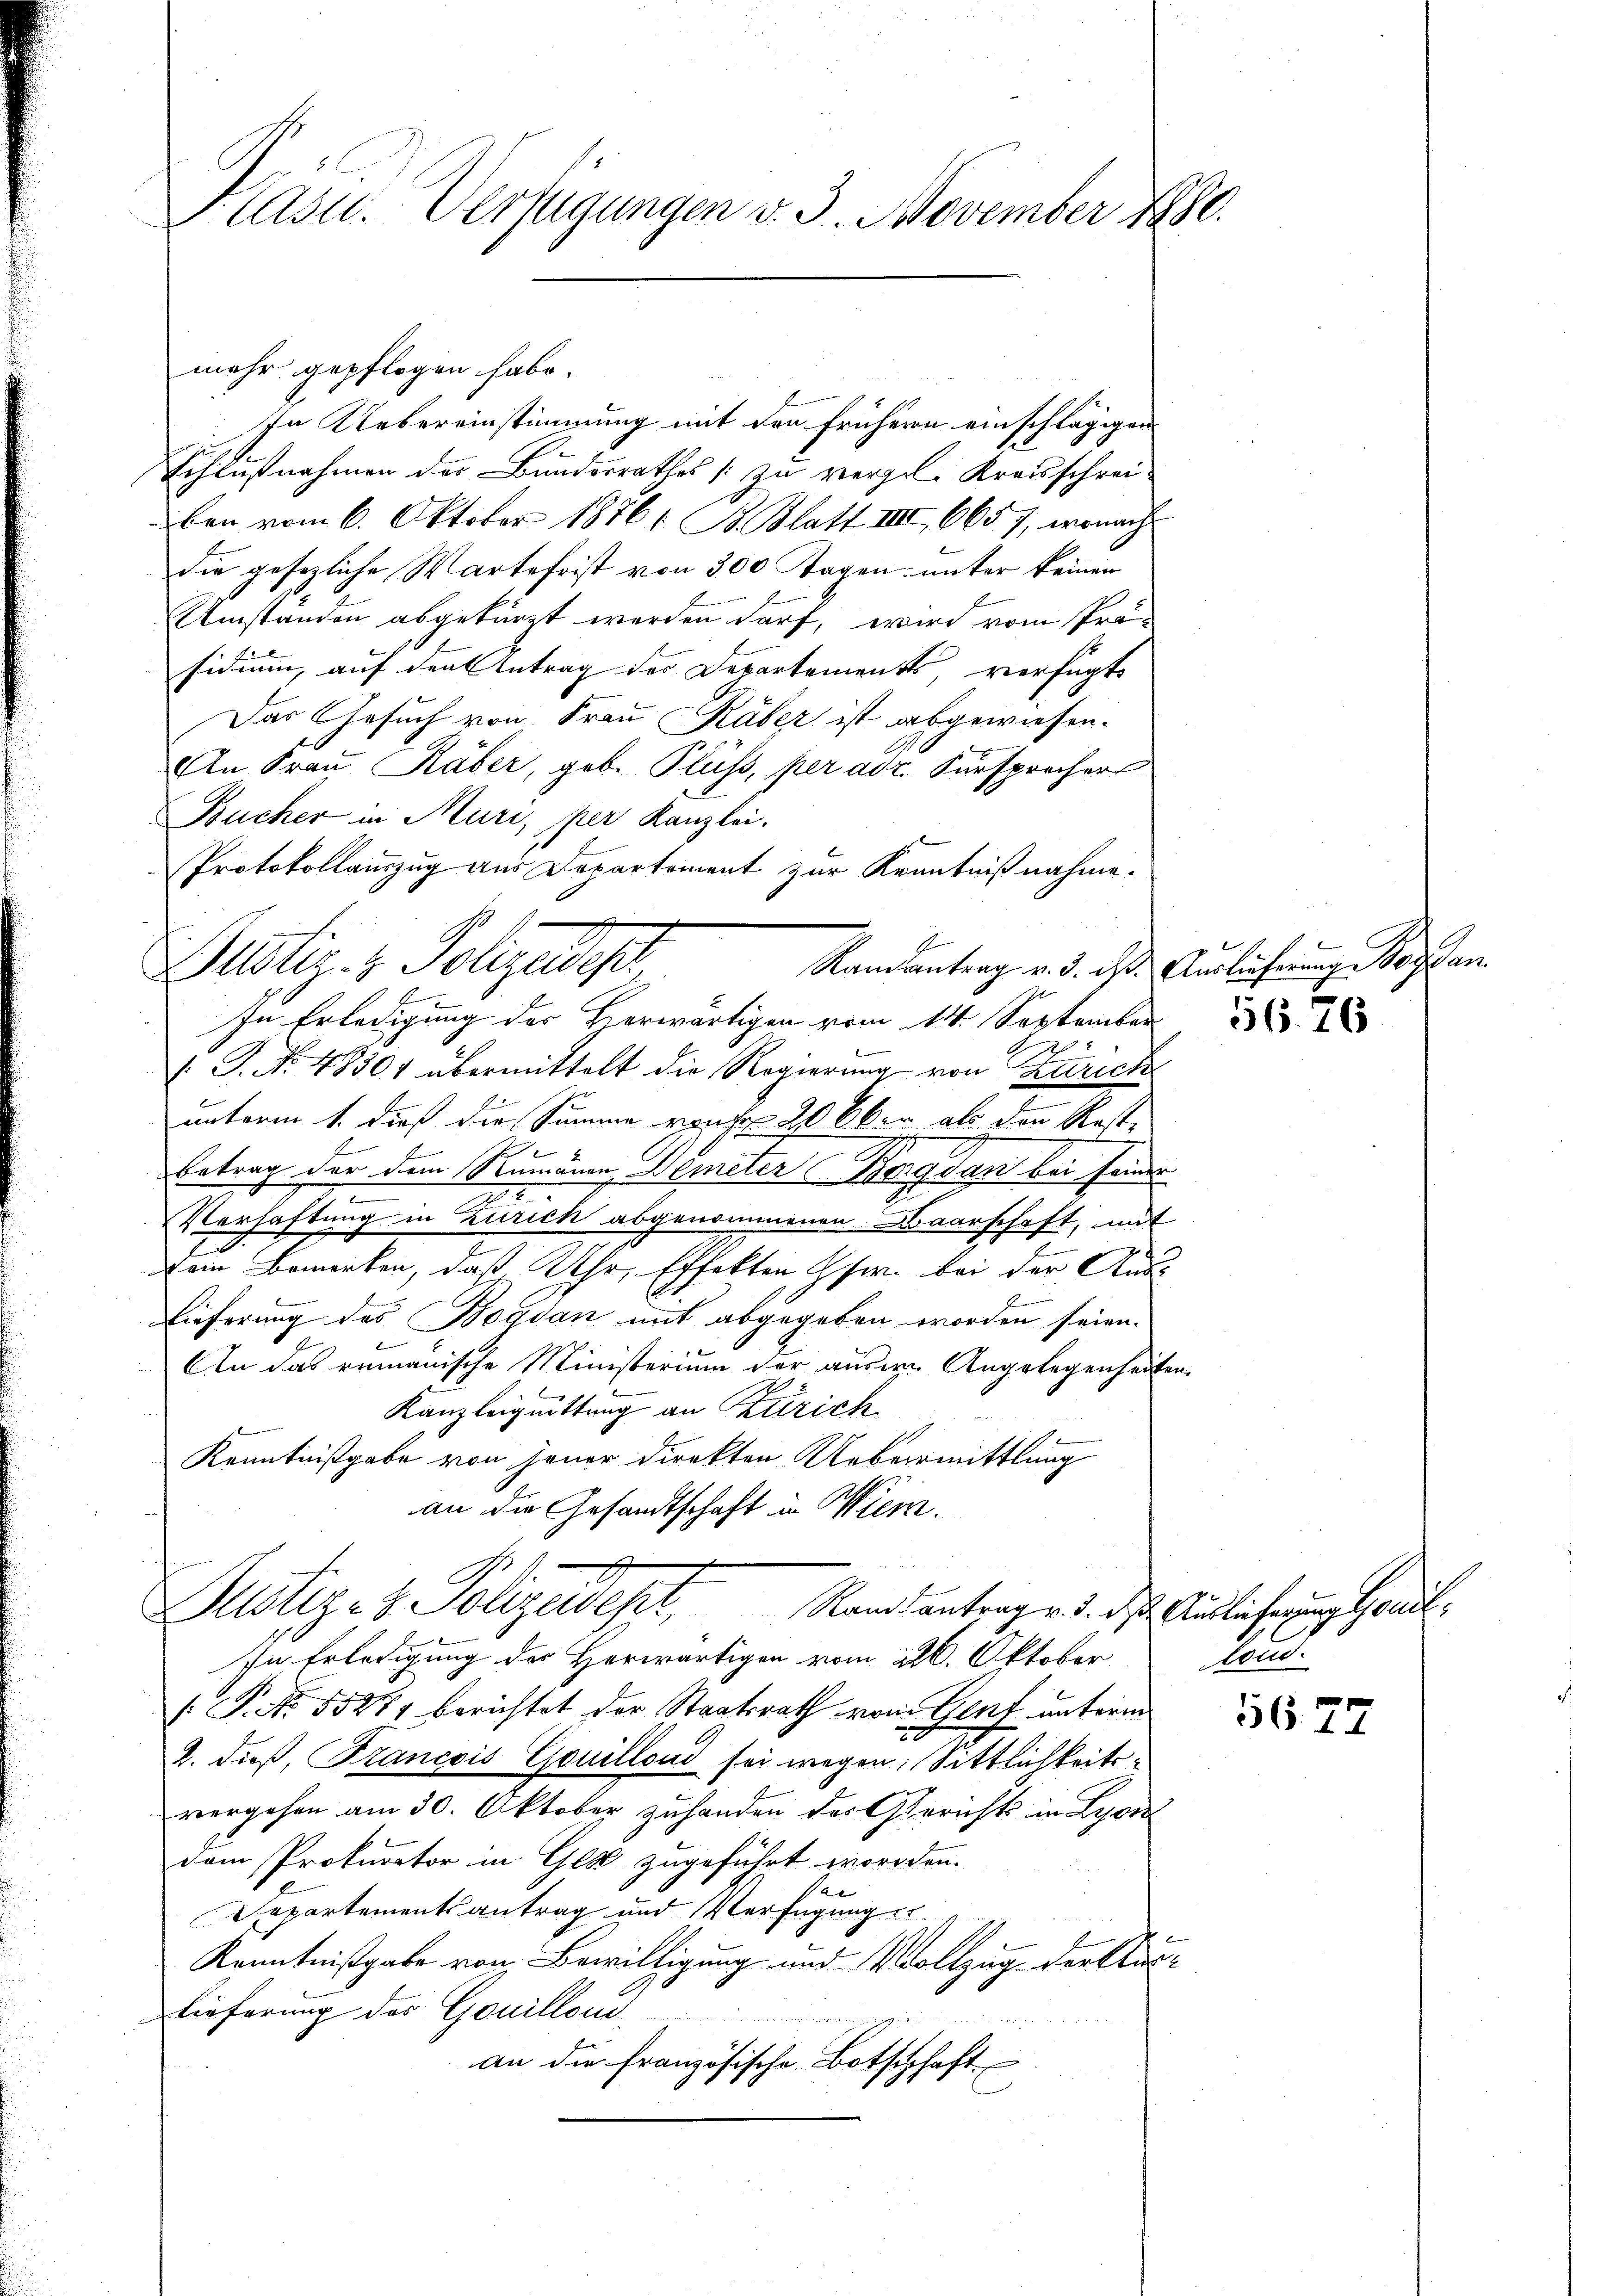
S. Casu. Verfügungen v. 3. November 1880.

mehr gepflogen habe.
In Uebereinstimmung mit den frühern einschlägigen
Schlußnahmen der Bundesrathes zu vergel. Kreisschreiben vom 6. Oktober 1876/ B. Blatt III 665), wonach
die gesezliche Wartefrist von 300 Tagen unter keinen
Umständen abgekürzt werden darf, wird vom Präsidium, auf den Antrag des Departements verfügt
Das Gesuch von Frau Käber ist abgewiesen.
An Frau Räber, geb. Fluss, per adr. Fürsprecher
Bucher in Muri, per Kanzlei.
Protokollauszug aus Departement zur Kenntnißnahme.
Randantrag v. d. d. Ausführung Rossen.
In Erledigung des Herwärtigen vom 14. September
V. P. No. 4830 übermittelt die Regierung von Zürich
unterm 1. dieß die Summe von 20 Ober als den Rost-
E
Betrag der dem Stumänen Demeter Bergdan bei seiner
2
Verhaftung in Zürich abgenommenen Baarschaft, mit
Dein Bemerken, daß Uhr, Effekten Gfe. bei der Aus¬
Lieferung des Bogdan mit abgegeben worden seien.
s
l
An das remanische Ministerium der ausern Angelegenheiten.
Kanzleiguittung an Zürich
Kenntnißgabe von Jener direkten Uebermittlung
an die Gesandtschaft in Wien.
Zustiges Polizeident,
Rantantrag v. 3. ds. Auslieferung Gul¬
In Erledigung des Herwärtigen vom 26. Oktober
[: P. Nr. 55871 berichtet der Staatsrath vom Genf unterm
2. dieß, Francois Gouillond sei wegen Sittlichkeitsvergehen am 30. Oktober zuhanden der Gerichts in Lyon
dem Prokurator in Ges zugeführt worden.
Departementsantrag und Verfügung u.
Kenntnißgabe von Bewilligung und Vollzug der Auslieferung des Gouilloni
an die französische Botschaft

Justiz- & Polizeidir
2

5676

kon.

5672